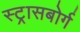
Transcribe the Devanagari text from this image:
स्ट्रासबोर्ग